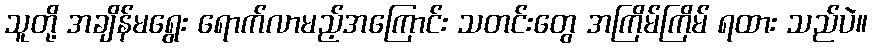
သူတို့ အချိန်မရွေး ရောက်လာမည့်အကြောင်း သတင်းတွေ အကြိမ်ကြိမ် ရထား သည်ပဲ။